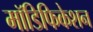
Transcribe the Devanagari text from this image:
मॉडिफिकेशन